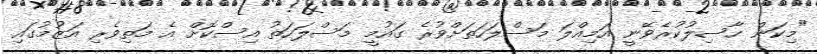
"މިކަން ހާސިލުކުރެވޭނީ އަމިއްލަ މަސްލަހަތަށްވުރެ ގައުމީ މަސްލަހަތު އިސްކޮށް އެ މަތިވެރި އަޒުމުގައި